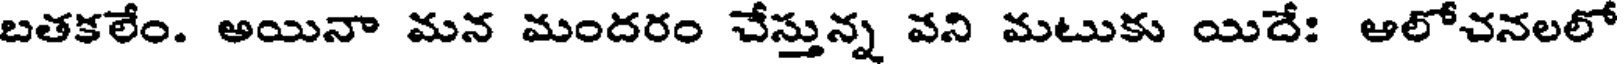
బతకలేం. అయినా మన మందరం చేస్తున్న వని మటుకు యిదేః ఆలోచనలలో